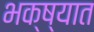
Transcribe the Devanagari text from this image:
भक्ष्यात